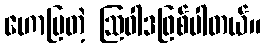
ဟောပြတဲ့ ဩဝါဒဖြစ်ပါတယ်။